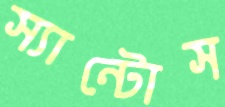
স্যান্টোস